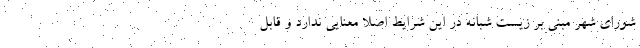
شورای شهر مبنی بر زیست شبانه در این شرایط اصلا معنایی ندارد و قابل